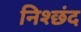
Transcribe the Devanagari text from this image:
निश्छंद